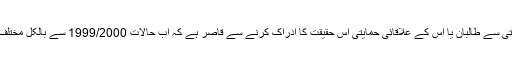
بدقسمتی سے طالبان یا اس کے علاقائی حمایتی اس حقیقت کا ادراک کرنے سے قاصر ہے کہ اب حالات 1999/2000 سے بالکل مختلف ہیں ۔